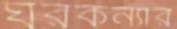
ঘরকন্যার